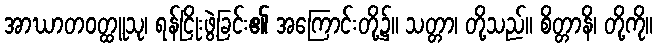
အာဃာတဝတ္ထူသု၊ ရန်ငြိုးဖွဲ့ခြင်း၏ အကြောင်းတို့၌။ သတ္တာ၊ တို့သည်။ စိတ္တာနိ၊ တို့ကို။